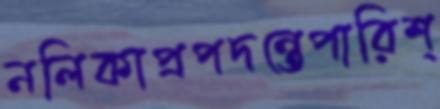
নলিকাপ্রপদন্তেপারিশ্